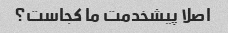
اصلا پیشخدمت ما کجاست؟